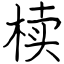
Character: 椟